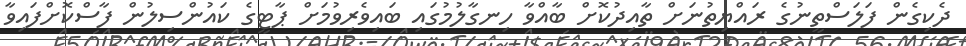
ދެކިގެން ފަލަސްތީނުގެ ރައްޔިތުނަށް ތާއިދުކޮށް ބާއްވާ ހިނގާލުމުގައި ބައިވެރިވުމަށް ޕާޓީގެ ކައުންސިލުން ފާސްކޮށްފައިވާ